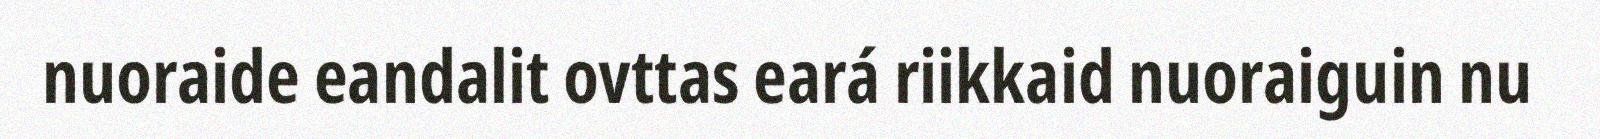
nuoraide eandalit ovttas eará riikkaid nuoraiguin nu